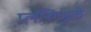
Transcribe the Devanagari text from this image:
प्लॅनिंगमुळे